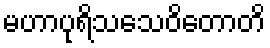
မဟာပုရိသသေဝိတောတိ